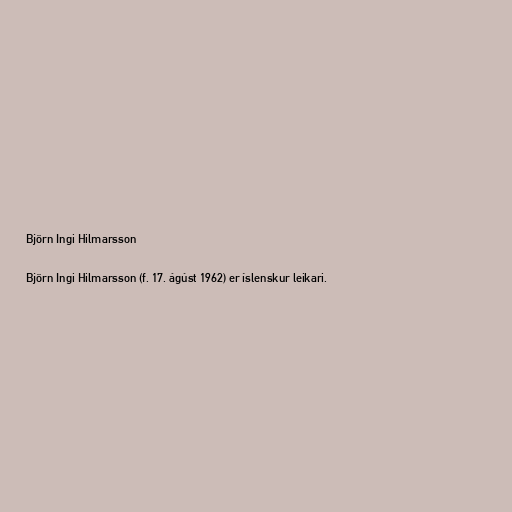
Björn Ingi Hilmarsson

Björn Ingi Hilmarsson (f. 17. ágúst 1962) er íslenskur leikari.